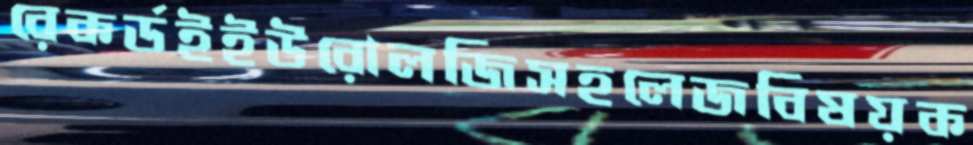
রেকর্ডইইউরোলজিসহলেজবিষয়ক